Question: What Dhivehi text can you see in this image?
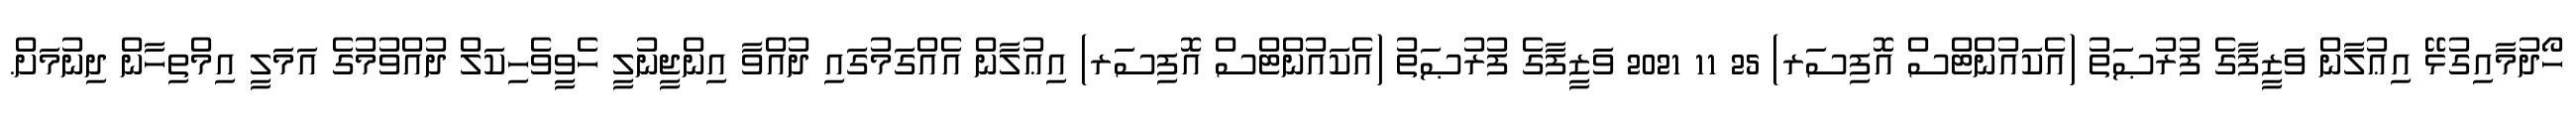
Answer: ހޯދުމާއިގުޅޭ އިޢުލާން ވަޒީފާގެ ފުރުޞަތު (އެކައުންޓްސް އޮފިސަރ) 25 11 2021 ވަޒީފާގެ ފުރުޞަތު (އެކައުންޓްސް އޮފިސަރ) އިޢުލާން އެއްގަމުގައި ދުއްވާ އިންޖީނުލީ ހެވީވެހިކަލް ދުއްވުމުގެ އަމަލީ އިމްތިހާން ދިނުމަށް.